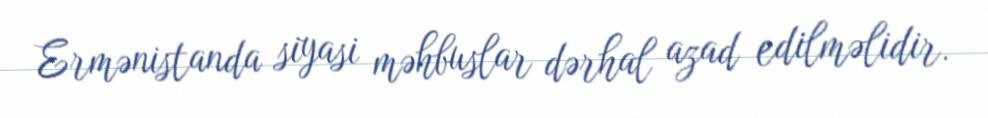
Ermənistanda siyasi məhbuslar dərhal azad edilməlidir.